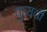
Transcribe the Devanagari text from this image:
कुस़ती